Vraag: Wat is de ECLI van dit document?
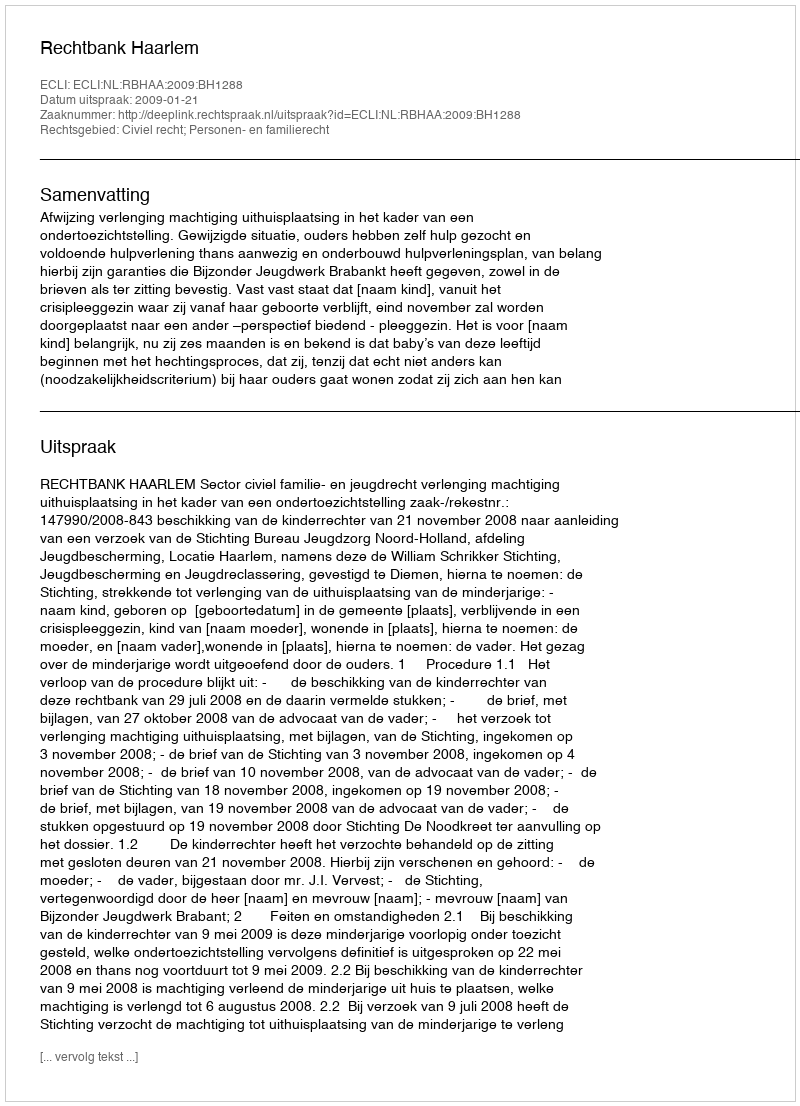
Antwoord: ECLI:NL:RBHAA:2009:BH1288